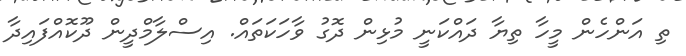
ތި އަންހެން މީހާ ތިޔާ ދައްކަނީ މުޅިން ދޮގު ވާހަކަތައް. އިސްލާމްދީން ދޫކޮއްފައިދާ